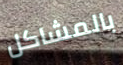
بالمشاكل